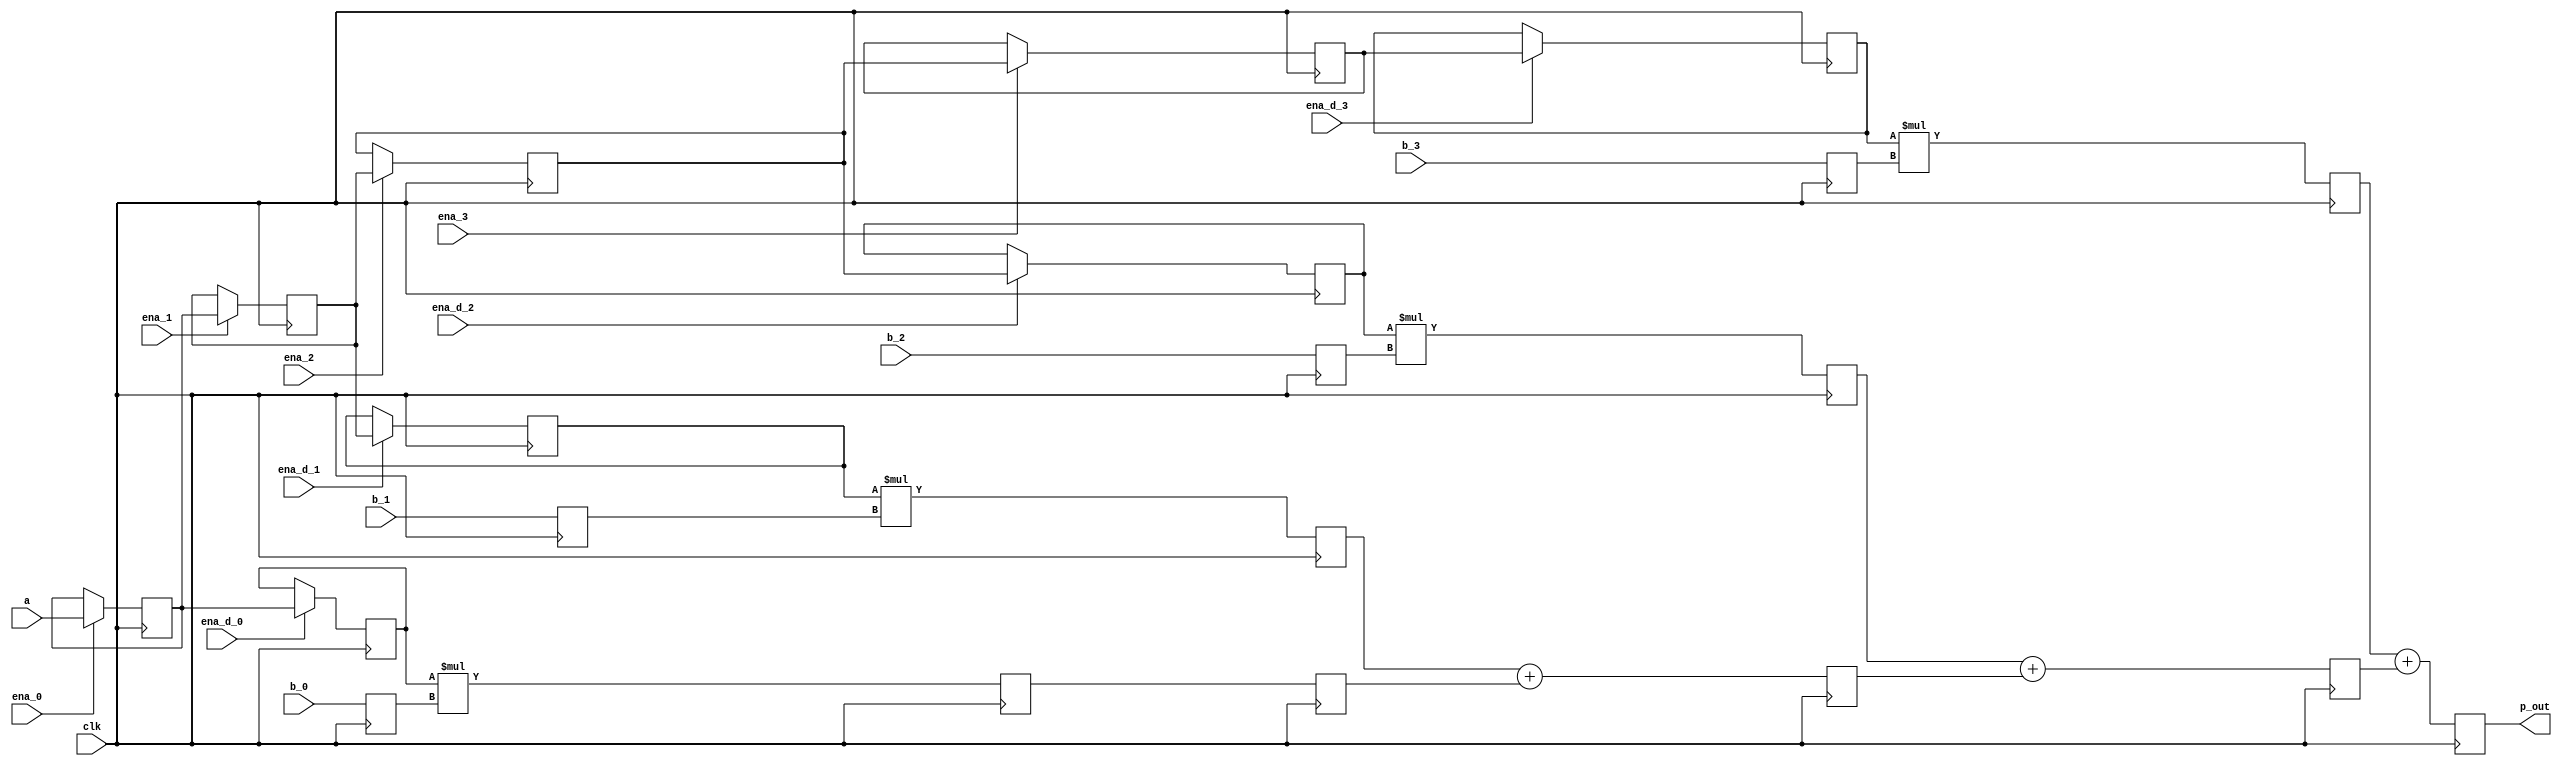
`timescale 1ns / 1ps

module dsp_chain_has_en(
    input clk,
    input signed [15:0] a,
    input ena_0,
    input ena_1,
    input ena_2,
    input ena_3,
    input ena_d_0,
    input ena_d_1,
    input ena_d_2,
    input ena_d_3,
    input signed [15:0] b_0,
    input signed [15:0] b_1,
    input signed [15:0] b_2,
    input signed [15:0] b_3,
    output signed [31:0] p_out
    );

    reg signed [15:0] a_0;
    reg signed [15:0] a_1;
    reg signed [15:0] a_2;
    reg signed [15:0] a_3;

    reg signed [15:0] a_d_0;
    reg signed [15:0] a_d_1;
    reg signed [15:0] a_d_2;
    reg signed [15:0] a_d_3;

    reg signed [15:0] b_d_0;
    reg signed [15:0] b_d_1;
    reg signed [15:0] b_d_2;
    reg signed [15:0] b_d_3;

    reg signed [31:0] m_d_0;
    reg signed [31:0] m_d_1;
    reg signed [31:0] m_d_2;
    reg signed [31:0] m_d_3;

    reg signed [31:0] p_d_0;
    reg signed [31:0] p_d_1;
    reg signed [31:0] p_d_2;
    reg signed [31:0] p_d_3;

    wire signed [31:0] m_0;
    wire signed [31:0] m_1;
    wire signed [31:0] m_2;
    wire signed [31:0] m_3;

    wire signed [31:0] p_0;
    wire signed [31:0] p_1;
    wire signed [31:0] p_2;
    wire signed [31:0] p_3;

    assign m_0 = a_d_0 * b_d_0;
    assign m_1 = a_d_1 * b_d_1;
    assign m_2 = a_d_2 * b_d_2;
    assign m_3 = a_d_3 * b_d_3;

    assign p_0 = m_d_0;
    assign p_1 = m_d_1 + p_d_0;
    assign p_2 = m_d_2 + p_d_1;
    assign p_3 = m_d_3 + p_d_2;

    assign p_out = p_d_3;

    // The data loading path, a_0 to a_3, cannot be synthesized into DSP48E2.
    always@(posedge clk) begin
        if(ena_0) begin
            a_0 <= a;
        end
        if(ena_1) begin
            a_1 <= a_0;
        end
        if(ena_2) begin
            a_2 <= a_1;
        end
        if(ena_3) begin
            a_3 <= a_2;
        end
    end

    // a_d_0 to a_d3 can be synthesized into DSP48E2.
    always@(posedge clk) begin
        if(ena_d_0) begin
            a_d_0 <= a_0;
        end
        if(ena_d_1) begin
            a_d_1 <= a_1;
        end
        if(ena_d_2) begin
            a_d_2 <= a_2;
        end
        if(ena_d_3) begin
            a_d_3 <= a_3;
        end
    end

    always@(posedge clk) begin
        b_d_0 <= b_0;
        b_d_1 <= b_1;
        b_d_2 <= b_2;
        b_d_3 <= b_3;
    end

    always@(posedge clk) begin
        m_d_0 <= m_0;
        m_d_1 <= m_1;
        m_d_2 <= m_2;
        m_d_3 <= m_3;
    end

    always@(posedge clk) begin
        p_d_0 <= p_0;
        p_d_1 <= p_1;
        p_d_2 <= p_2;
        p_d_3 <= p_3;
    end



endmodule